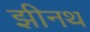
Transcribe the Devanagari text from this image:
झीनथ